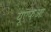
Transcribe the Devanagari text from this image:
यूएफआ